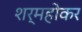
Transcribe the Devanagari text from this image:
शर्महोकर